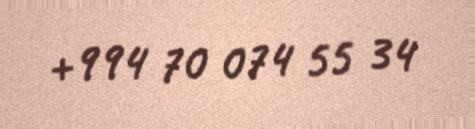
+994 70 074 55 34